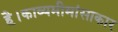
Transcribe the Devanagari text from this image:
है।काव्यमीमांसाकार